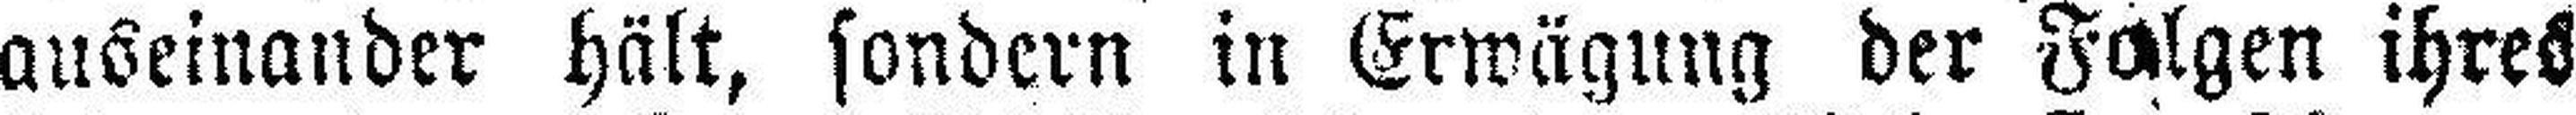
auseinander hält, sondern in Erwägung der Falzen ihres